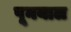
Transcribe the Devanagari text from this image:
पूनयाल